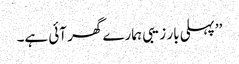
’’پہلی بار زیبی ہمارے گھر آئی ہے۔